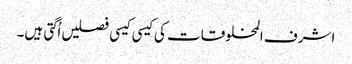
اشرف المخلوقات کی کیسی کیسی فصلیں اُگتی ہیں۔